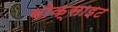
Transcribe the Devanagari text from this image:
बोक्साइट